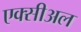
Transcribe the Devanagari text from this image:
एक्सीअल